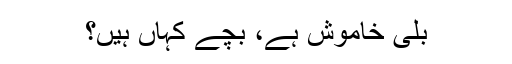
بلی خاموش ہے، بچے کہاں ہیں؟